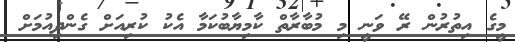
މީގެ އިތުރުން ރޭ ވަނީ މި މުބާރާތް ކާމިޔާބުކަމާ އެކު ކުރިއަށް ގެންދިއުމަށް